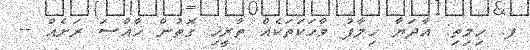
ފ. ހިމިތި: އާދަޔާ ޚިލާފު ވާހަކަތަކެއް ތާރީޚި ގޮތުން ޚާއްސަ ރަށެއް --